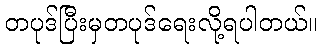
တပုဒ်ပြီးမှတပုဒ်ရေးလို့ရပါတယ်။